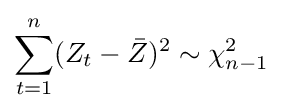
\sum _{t=1}^{n}(Z_{t}-{\bar {Z}})^{2}\sim \chi _{n-1}^{2}